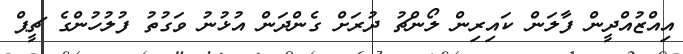
އިއްޒުއްދީން ފާލަން ކައިރިން ލޯންޗު ދުރަށް ގެންދަން އުޅުނު ވަގުތު ފުލުހުންގެ ޗީޕް